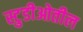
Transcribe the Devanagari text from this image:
स्टुडीओतील